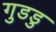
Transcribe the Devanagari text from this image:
गुडडु